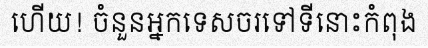
ហើយ! ចំនួនអ្នកទេសចរទៅទីនោះកំពុង